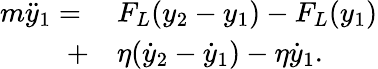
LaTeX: \begin{array}{rl}{{m}\ddot{y}_{1}={}}&{{}F_{L}(y_{2}-y_{1})-F_{L}(y_{1})}\\ {+}&{{}{\eta}(\dot{y}_{2}-\dot{y}_{1})-{\eta}\dot{y}_{1}.}\end{array}